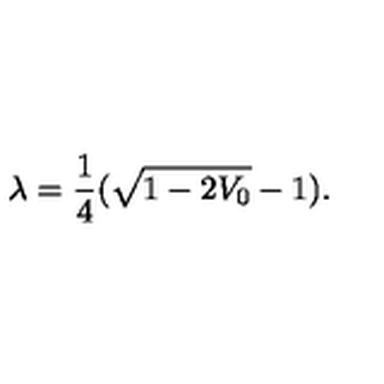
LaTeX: \lambda = { \frac { 1 } { 4 } } ( \sqrt { 1 - 2 V _ { 0 } } - 1 ) .